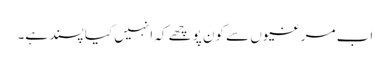
اب مرغیوں سے کون پوچھے کہ انہیں کیا پسند ہے۔